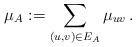
LaTeX: \begin{align*} \mu_A := \sum_{(u,v) \in E_A} \mu_{uv}\,.\end{align*}